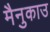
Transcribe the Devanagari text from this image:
मैनुकाउ